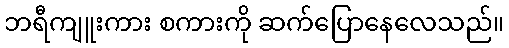
ဘရီကျူးကား စကားကို ဆက်ပြောနေလေသည်။